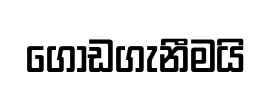
ගොඩගැනීමයි